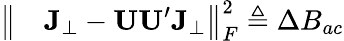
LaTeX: \begin{array}{rl}{\big\| }&{{}\mathbf{J}_{\perp}-\mathbf{UU}^{\prime}\mathbf{J}_{\perp}\big\| _{F}^{2}\triangleq\Delta B_{ac}}\end{array}